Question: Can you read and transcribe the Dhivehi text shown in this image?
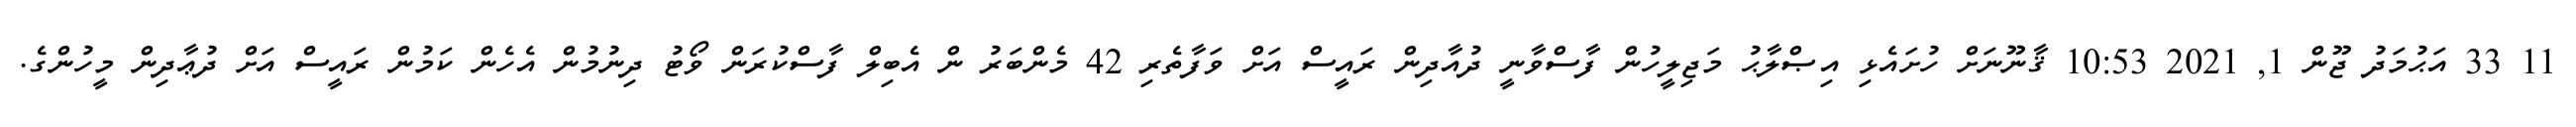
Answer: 11 33 އަޙުމަދު ޖޫން 1, 2021 10:53 ޤާނޫނަށް ހުށައެޅި އިޞްލާޙު މަޖިލީހުން ފާސްވާނީ ދުއާދިން ރައީސް އަށް ވަފާތެރި 42 މެންބަރު ން އެބިލް ފާސްކުރަން ވޯޓު ދިނުމުން އެހެން ކަމުން ރައީސް އަށް ދުޢާދިން މީހުންގެ.